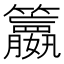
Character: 𥷶